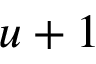
u + 1